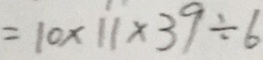
= 1 0 \times 1 1 \times 3 9 \div 6